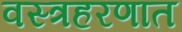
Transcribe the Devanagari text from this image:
वस्त्रहरणात